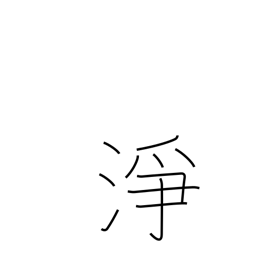
Meaning: unspoiled